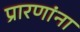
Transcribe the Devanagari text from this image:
प्रारणांना